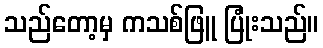
သည်တော့မှ ကသစ်ဖြူ ပြုံးသည်။